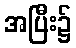
အပြီး၌